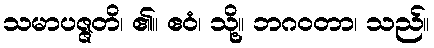
သမာပဇ္ဇတိ၊ ၏။ ဧဝံ၊ သို့။ ဘဂဝတာ၊ သည်။